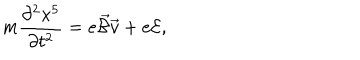
m \frac { \partial ^ { 2 } x ^ { 5 } } { \partial t ^ { 2 } } = e \overrightarrow { { \cal { B } } } \overrightarrow { v } + e { \cal { E } } ,